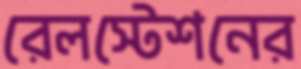
রেলস্টেশনের